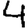
Digit: 4